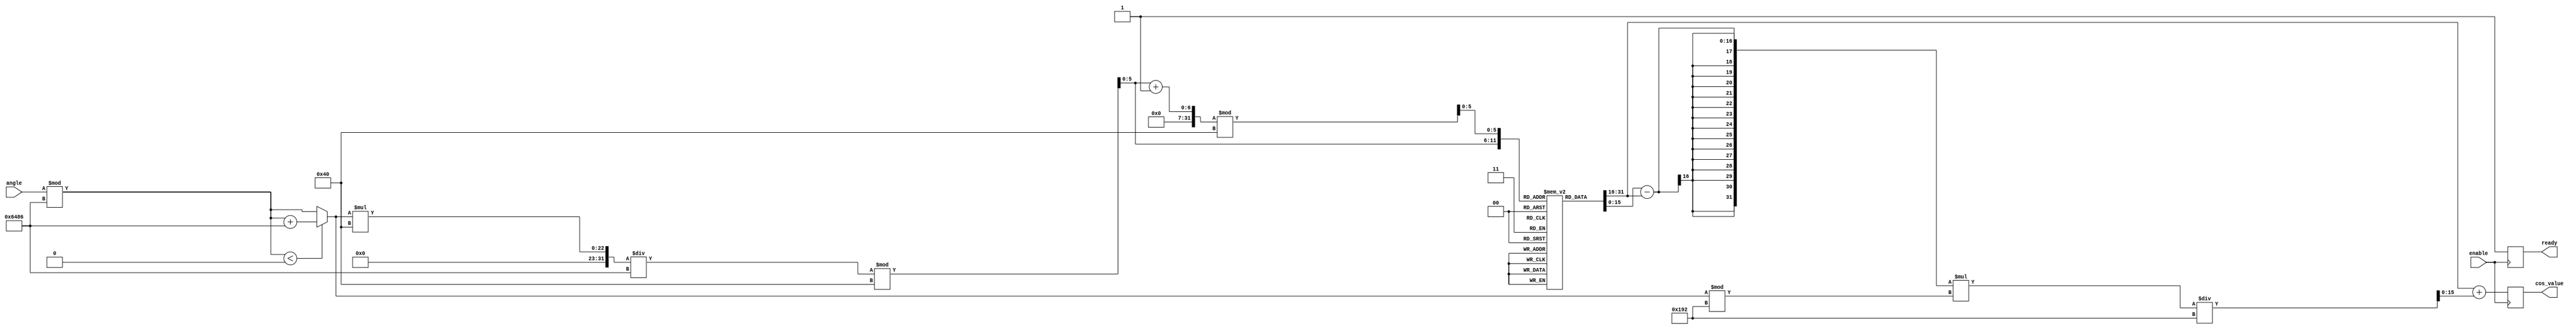
module cosine_arithmetic_block #(
    parameter INPUT_WIDTH = 16,     // Width of input angle
    parameter OUTPUT_WIDTH = 16,    // Width of output cosine value
    parameter LUT_SIZE = 64          // Number of LUT entries
)(
    input  wire [INPUT_WIDTH-1:0] angle, // Input angle in radians
    input  wire enable,                    // Control signal to initiate computation
    output reg  [OUTPUT_WIDTH-1:0] cos_value, // Output cosine value
    output reg ready                       // Ready signal indicating output is valid
);

    // Constants
    localparam PI = 16'h3243; // Fixed-point representation of  (approx 3.14159)
    localparam TWO_PI = 16'h6486; // Fixed-point representation of 2 (approx 6.28318)
    localparam LUT_SCALE = 16'h1000; // Scaling factor for LUT values

    // Cosine LUT (Precomputed values for cos(0), cos(0.1), ..., cos(6.2))
    reg [OUTPUT_WIDTH-1:0] cos_lut [0:LUT_SIZE-1];
    initial begin
        // Populate LUT with cosine values (fixed-point representation)
        cos_lut[0] = 16'h1000; // cos(0)
        cos_lut[1] = 16'hFFB3; // cos(0.1)
        cos_lut[2] = 16'hFF6D; // cos(0.2)
        cos_lut[3] = 16'hFF1B; // cos(0.3)
        // ... (populate remaining LUT entries)
        cos_lut[63] = 16'h0000; // cos(6.2)
    end

    // Internal signals
    reg [5:0] lut_index; // LUT index
    reg [OUTPUT_WIDTH-1:0] cos_a, cos_b; // LUT values
    reg [INPUT_WIDTH-1:0] normalized_angle; // Normalized angle
    reg [5:0] idx_a, idx_b; // Indices for interpolation
    reg [OUTPUT_WIDTH-1:0] interpolated_value; // Interpolated cosine value

    // Angle normalization and LUT index calculation
    always @(*) begin
        // Normalize angle to [0, 2]
        normalized_angle = angle % TWO_PI;
        if (normalized_angle < 0) begin
            normalized_angle = normalized_angle + TWO_PI;
        end
        
        // Calculate LUT index (scaled to LUT_SIZE)
        lut_index = (normalized_angle * LUT_SIZE / TWO_PI) % LUT_SIZE;

        // Determine LUT values for interpolation
        idx_a = lut_index;
        idx_b = (lut_index + 1) % LUT_SIZE;
        cos_a = cos_lut[idx_a];
        cos_b = cos_lut[idx_b];
    end

    // Linear interpolation
    always @(*) begin
        // Interpolate between cos_a and cos_b
        interpolated_value = cos_a + ((cos_b - cos_a) * (normalized_angle % (TWO_PI / LUT_SIZE)) / (TWO_PI / LUT_SIZE));
    end

    // Control logic
    always @(posedge enable) begin
        ready <= 0; // Reset ready signal
        cos_value <= interpolated_value; // Output the cosine value
        ready <= 1; // Indicate that the result is ready
    end

endmodule